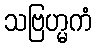
သဗြဟ္မကံ